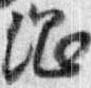
綱